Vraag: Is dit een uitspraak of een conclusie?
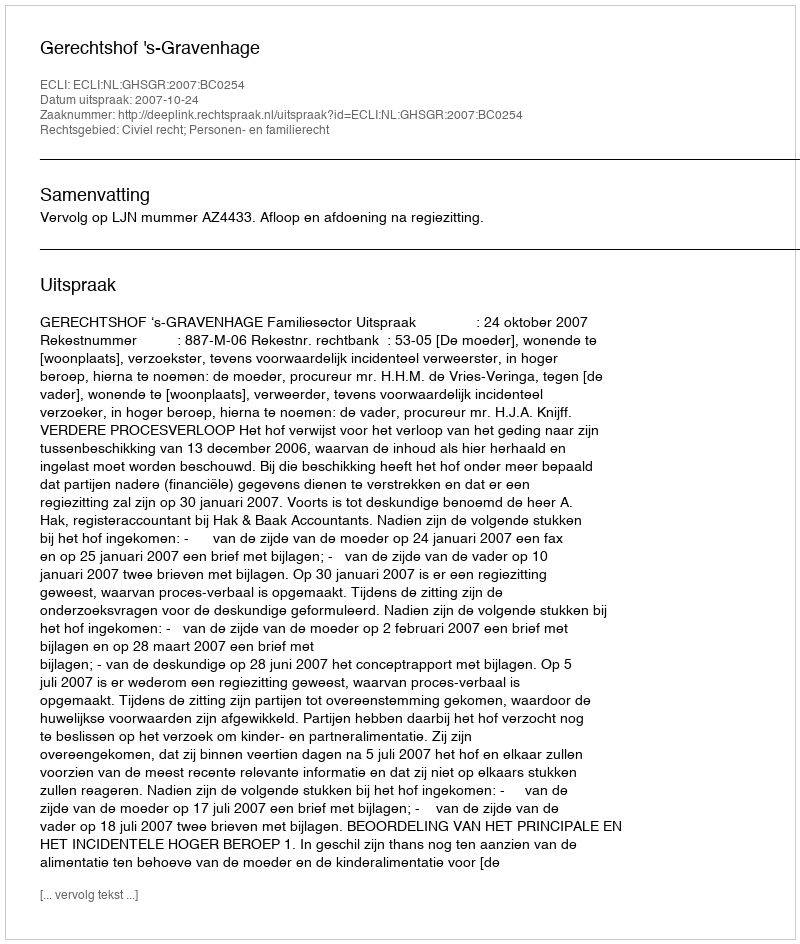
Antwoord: Uitspraak